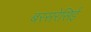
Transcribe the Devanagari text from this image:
बरसरेसिई